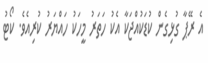
އެ ރޭޕާ ގުޅިގެން ކުޑަކުއްޖަކާ އެކު ހަތަރު މީހަކު ހައްޔަރު ކުރިއެވެ. ކޯޓު